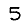
Digit: 5